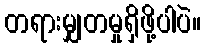
တရားမျှတမှုရှိဖို့ပါပဲ။